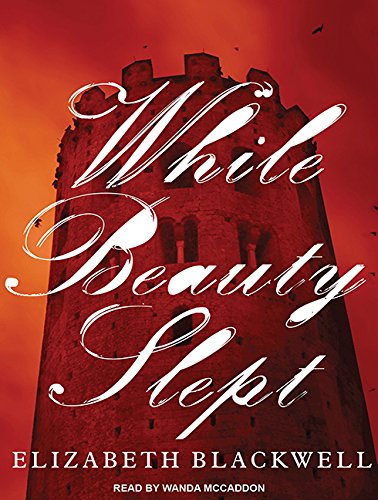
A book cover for While Beauty Slept; Elizabeth Blackwell; Romance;